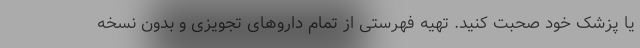
یا پزشک خود صحبت کنید. تهیه فهرستی از تمام داروهای تجویزی و بدون نسخه